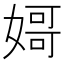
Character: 𡟵